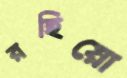
রহিয়ো